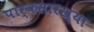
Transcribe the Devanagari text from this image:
पार्कसारख्या